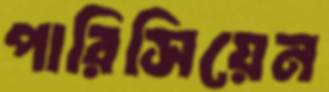
পারিসিয়েন